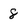
Character: 8